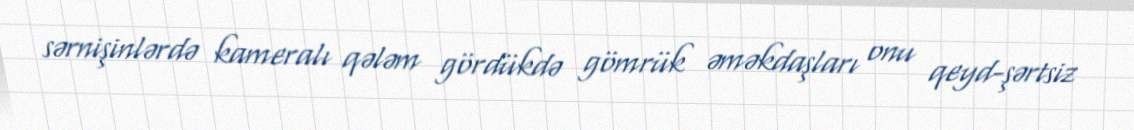
sərnişinlərdə kameralı qələm gördükdə gömrük əməkdaşları onu qeyd-şərtsiz